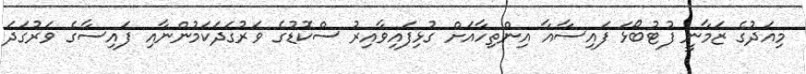
މިއަދުގެ ޒަމާނީ ފުޓުބޯޅަ ފައިސާއާ އިންތިހާއަށް ގުޅިފައިވާއިރު ސްކޮޑުގެ ވަރުގަދަކަމުންނާއި ފައިސާގެ ވަރުގަދަ